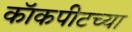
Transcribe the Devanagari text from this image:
कॉकपीटच्या